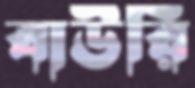
বাউরি